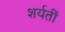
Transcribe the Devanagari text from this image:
शर्यतीं